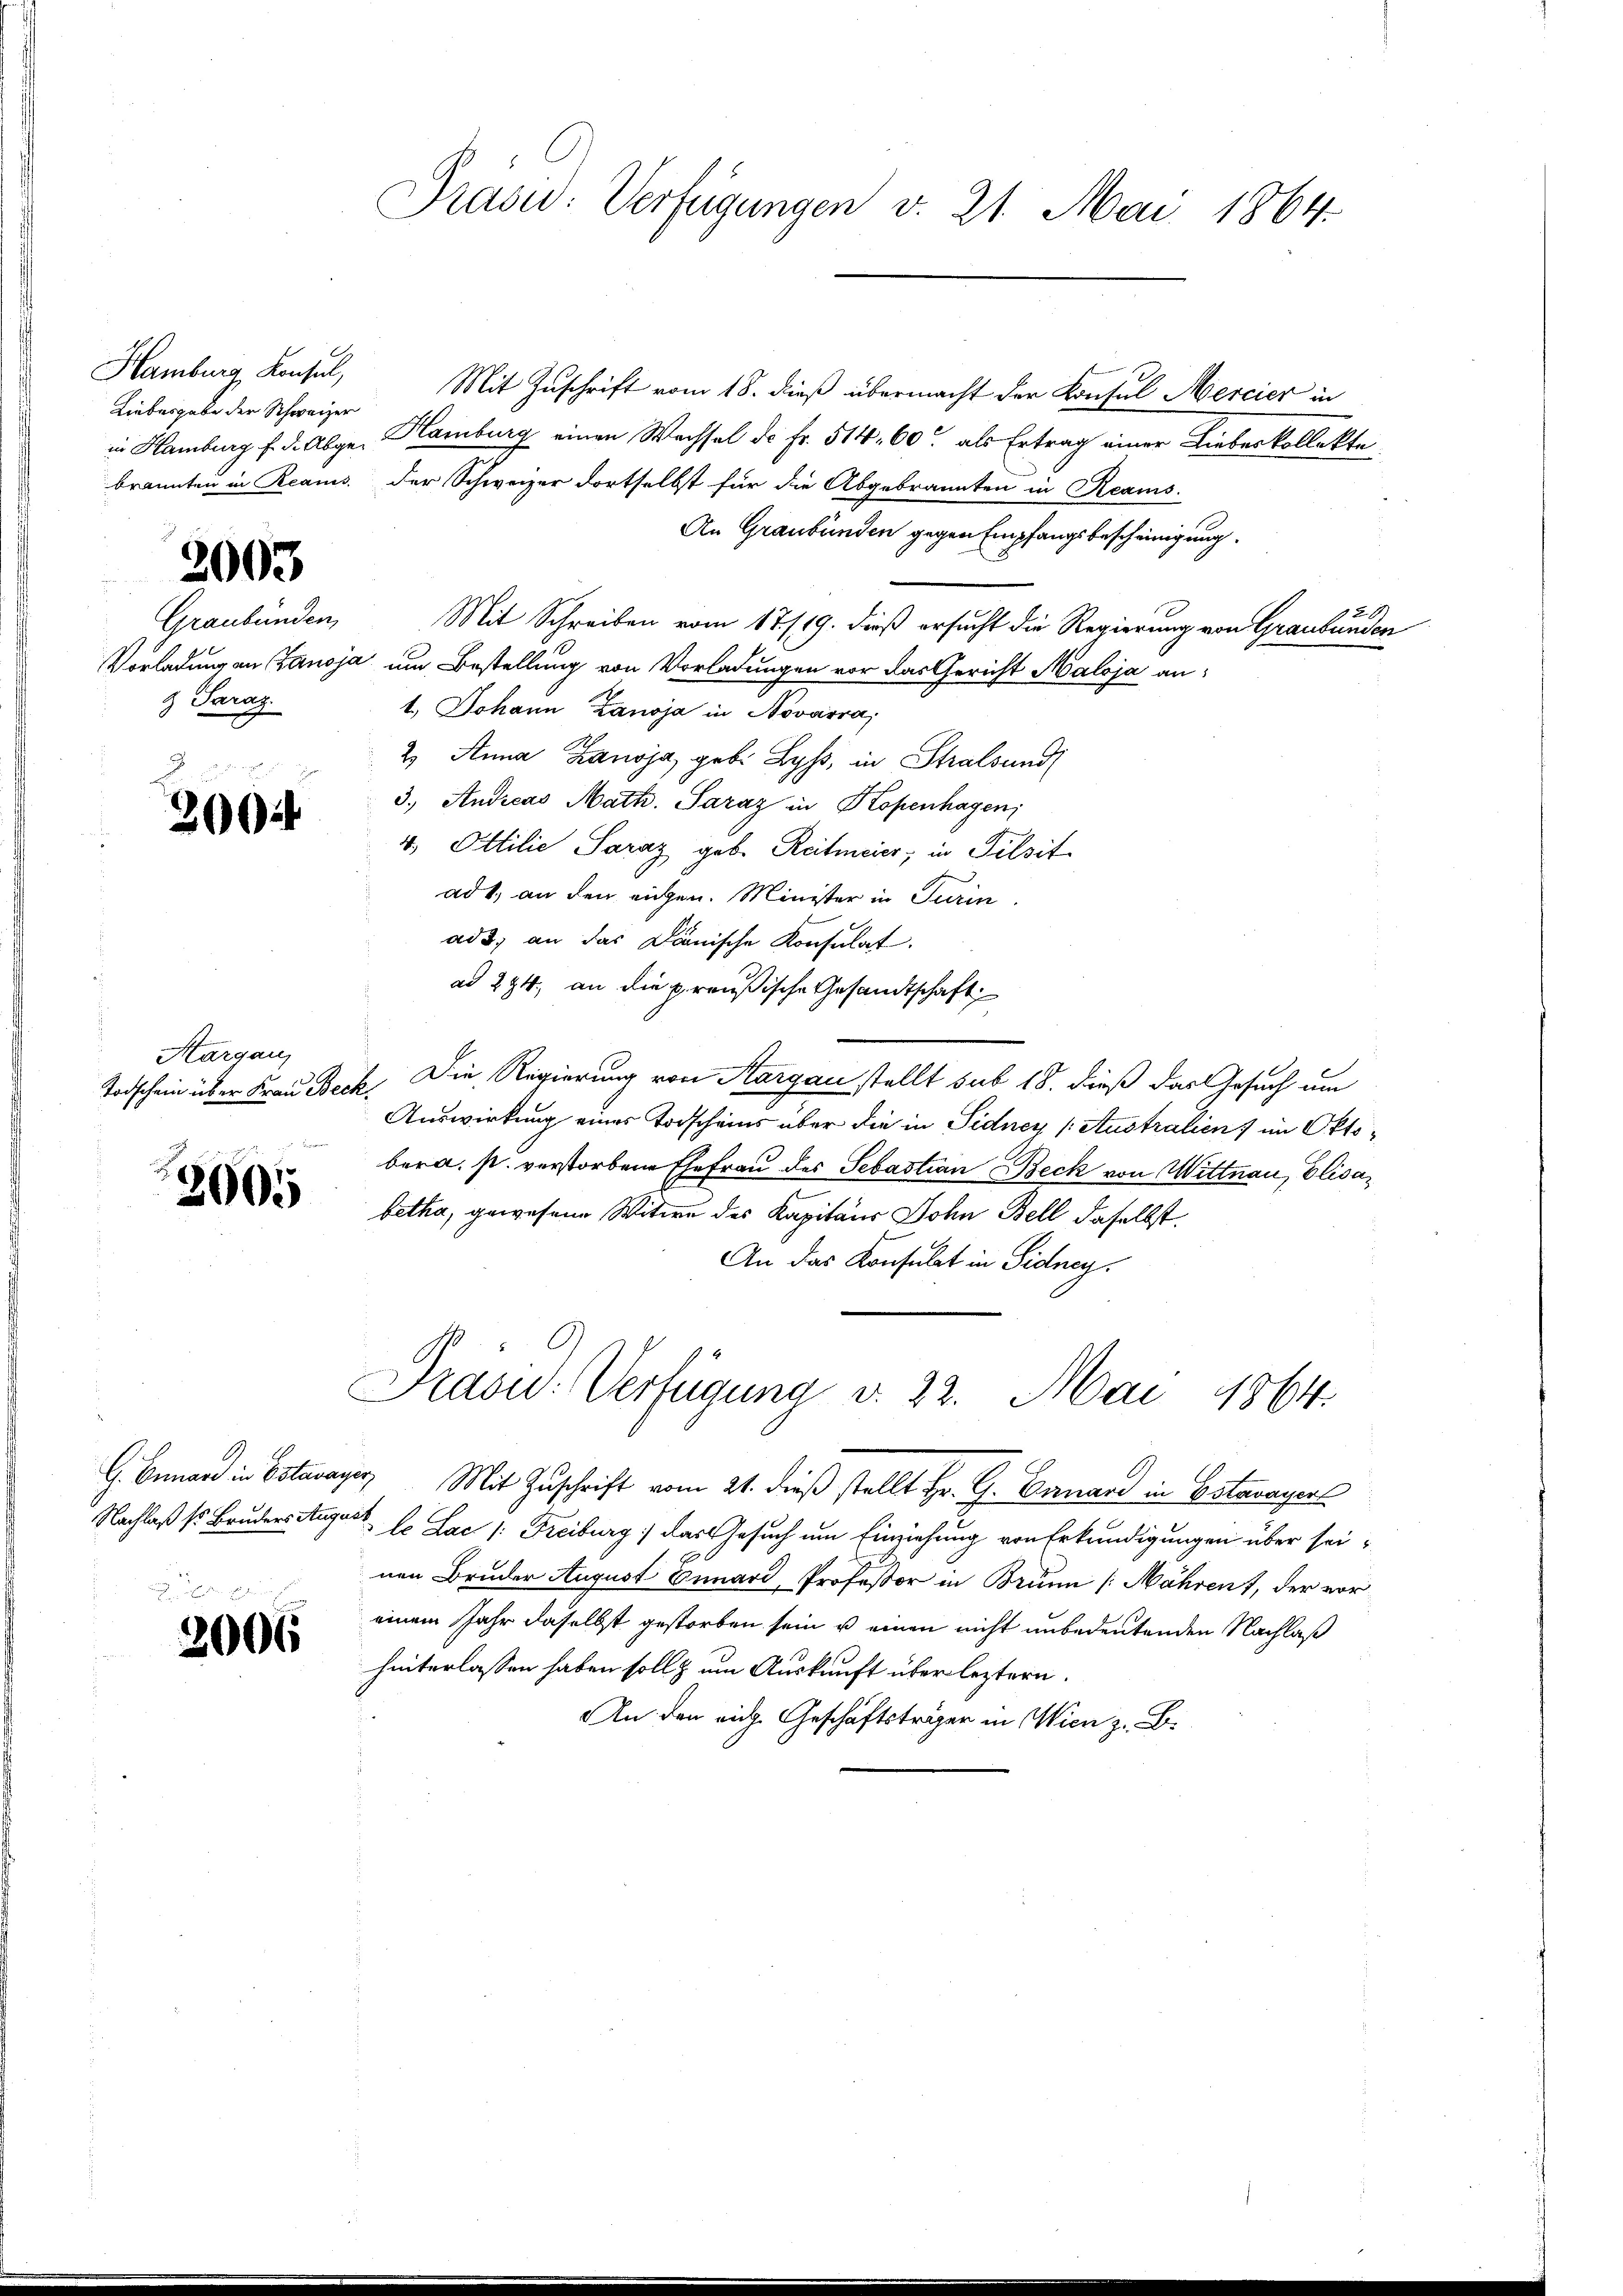
Hamburg Konsul,
Liebesgabe der Schweizer

2003

Graubünden
& Saraz

200

Aargau,

2006

Mit Zuschrift vom 18. dieß übermacht der Konsul Mercier in
in Hamburg f. d. Abge. Hamburg einen Wachsel de Fr. 514. 60. als Ertrag einer Liebeskollekte
brannten in Reaus der Schweizer dortselbst für die Abgebrannten in Reams.
An Graubünden gegen Empfangsbescheinigung.
Mit Schreiben vom 17/19. dieß ersucht die Regierung von Graubünden
Vorladung an Zanoja um Bestellung von Vorladungen vor das Gericht Maloja ant. Johann Zanoja in Novarra,
2. Anna Banoja, geb. Lyss, in Stralsund
3.) Andreas Math. Saraz in Kopenhagen,
4. Ottilie Saraz geb. Reitmeier, in Pilsit
ad 1., an den eigen. Minister in Turin
ade, an das Dianische Konsulat.
ad 294. an die preußische Gesandtschaft
Todschein über Frau Beck. Die Regierung von Aargau stellt sub 18. dieß das Gesuch um
Auswirkung eines Todscheins über die in Sidney (Australien) im Oktober a. s. verstorbene Ehefrau des Sebastian Beck von Wittnau, Elisafetha, gewesene Witwe des Kapitaus John Bell daselbst
An das Konsulat in Sidney.
Präsid.: Verfügung v. 22. Mai 1864.
E. Bemand in Estavayer, Mit Zuschrift vom 21. dieß stellt Hr. G. Banand in Estavayer
Nachlaß so Bruders August le Lac /: Freiburg das Gesuch um Einziehung von Erkundigungen über seinen Bruder August Ennard, Professor in Brunn [Nährent, der voreinem Jahr daselbst gestorben sein u einen nicht unbedeutenden Nachlaß
hinterlassen haben soll um Auskauft über leztern.
An den mich Geschäftsträger in Wien z. B.

Präsid: Verfügungen v. 21. Mai 1864.